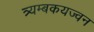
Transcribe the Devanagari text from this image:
त्र्यम्बकयज्वन